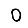
Digit: 0